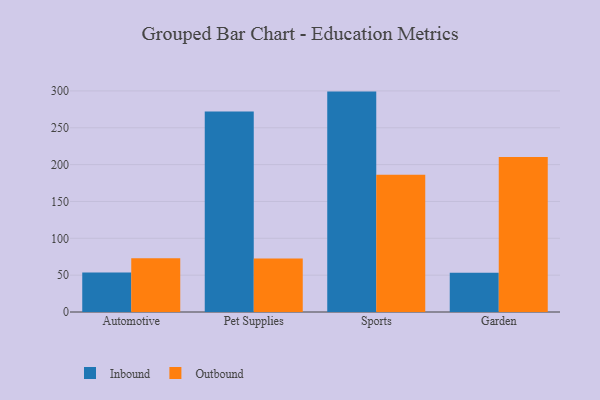
{"axis": {"x": "Category", "y": "Gross Profit (USD K)"}, "legend": ["Inbound", "Outbound"], "data": [{"x": "Automotive", "y": 53.6, "type": "Inbound"}, {"x": "Automotive", "y": 73.0, "type": "Outbound"}, {"x": "Pet Supplies", "y": 272.1, "type": "Inbound"}, {"x": "Pet Supplies", "y": 72.5, "type": "Outbound"}, {"x": "Sports", "y": 299.1, "type": "Inbound"}, {"x": "Sports", "y": 186.3, "type": "Outbound"}, {"x": "Garden", "y": 53.3, "type": "Inbound"}, {"x": "Garden", "y": 210.3, "type": "Outbound"}]}